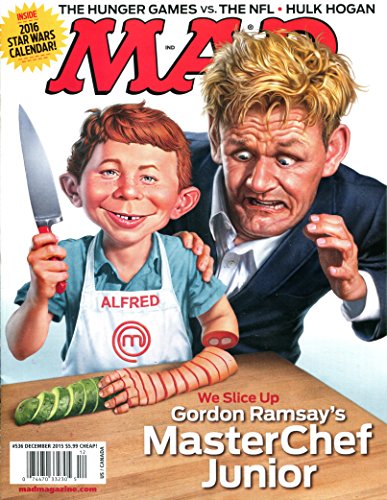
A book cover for MAD Magazine December 2015 - Gordon Ramsay Cover, Star Wars Calendar Included; Calendars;